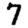
Digit: 7